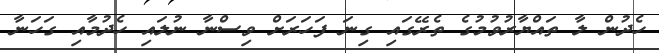
ހެދުން ލާ ތައްޔާރުވުމުގެ ތެރޭގައި ގިނަ ފަހަރަށް ވިސްނާ ނުލައި ހެދުމާއި ގަހަނާ